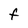
Character: F